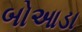
બોઆડા